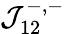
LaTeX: \mathop{\mathcal{J}_{12}^{-,-}}